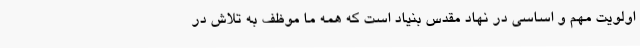
اولویت مهم و اساسی در نهاد مقدس بنیاد است که همه ما موظف به تلاش در